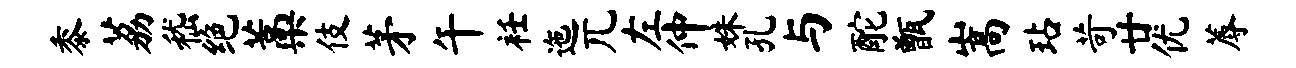
黍荔嵇绝藁伎茅午衽迤兀左仲姝孔与酡甑嵩玷苛廿优蓐